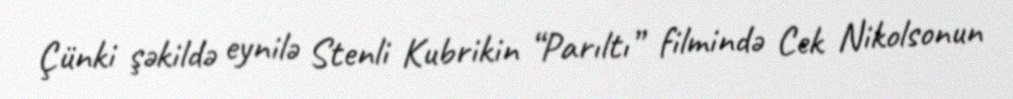
Çünki şəkildə eynilə Stenli Kubrikin “Parıltı” filmində Cek Nikolsonun